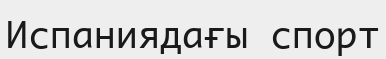
Испаниядағы спорт